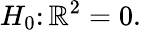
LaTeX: H_{0}\colon\mathbb{R}^{2}=0.